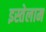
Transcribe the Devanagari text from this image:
इस्तेलाम